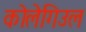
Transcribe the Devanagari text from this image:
कोलेगिउल